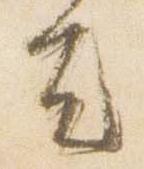
者